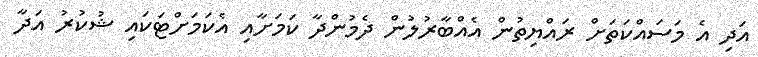
އަދި އެ މަސައްކަތަށް ރައްޔިތުން އެއްބާރުލުން ދެމުންދާ ކަަމަށާއި އެކަމަށްޓަކައި ޝުކުރު އަދާ